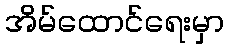
အိမ်ထောင်ရေးမှာ